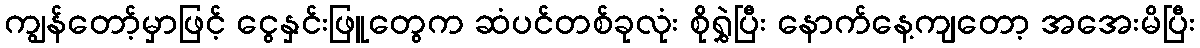
ကျွန်တော့်မှာဖြင့် ငွေနှင်းဖြူတွေက ဆံပင်တစ်ခုလုံး စိုရွှဲပြီး နောက်နေ့ကျတော့ အအေးမိပြီး